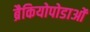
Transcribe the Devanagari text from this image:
ब्रैकियोपोडाओं